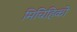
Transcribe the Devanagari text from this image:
मिचिहिको